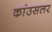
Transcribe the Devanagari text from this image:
कांउसलर